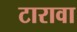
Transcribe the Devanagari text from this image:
टारावा